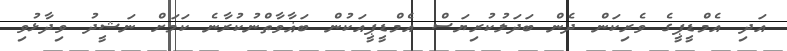
އަދި އެމްޑީޕީގެ ވެރިކަން ދެން ބަދަލުކުރިޔަސް އެމްޑީޕީއަކުން ބަޣާވާތްނުކުރާނެ ކަމަށް ނަޝީދު ވިދާޅުވި